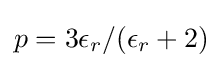
p=3\epsilon _{r}/(\epsilon _{r}+2)